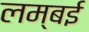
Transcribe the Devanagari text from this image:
लम्बई